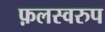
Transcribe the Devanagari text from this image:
फ़लस्वरुप